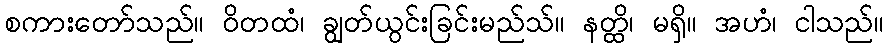
စကားတော်သည်။ ဝိတထံ၊ ချွတ်ယွင်းခြင်းမည်သ်။ နတ္ထိ၊ မရှိ။ အဟံ၊ ငါသည်။